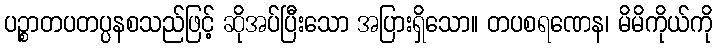
ပဉ္စာတပတပ္ပနစသည်ဖြင့် ဆိုအပ်ပြီးသော အပြားရှိသော။ တပစရဏေန၊ မိမိကိုယ်ကို